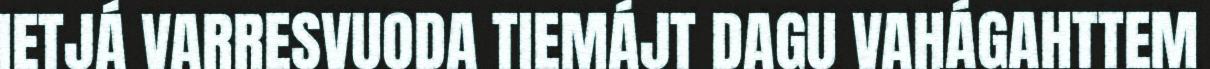
IETJÁ VARRESVUODA TIEMÁJT DAGU VAHÁGAHTTEM